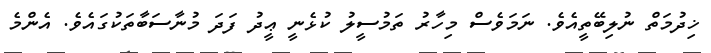
ޚިދުމަތް ނުލިބޭތީއެވެ. ނަމަވެސް މިހާރު ތަމުސީލު ކުޅެނީ ޢީދު ފަދަ މުނާސަބާތަކުގައެވެ. އެންމެ